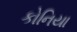
કોનિયા